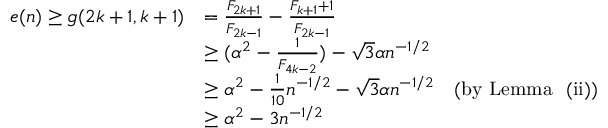
\begin{array} { r l } { e ( n ) \geq g ( 2 k + 1 , k + 1 ) } & { = { \frac { F _ { 2 k + 1 } } { F _ { 2 k - 1 } } } - { \frac { F _ { k + 1 } + 1 } { F _ { 2 k - 1 } } } } \\ & { \geq ( \alpha ^ { 2 } - { \frac { 1 } { F _ { 4 k - 2 } } } ) - \sqrt { 3 } \alpha n ^ { - 1 / 2 } } \\ & { \geq \alpha ^ { 2 } - { \frac { 1 } { 1 0 } } n ^ { - 1 / 2 } - \sqrt { 3 } \alpha n ^ { - 1 / 2 } \quad \mathrm { ( b y ~ L e m m a ~ ~ ( i i ) ) } } \\ & { \geq \alpha ^ { 2 } - 3 n ^ { - 1 / 2 } } \end{array}